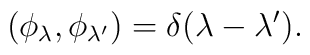
(\phi_{\lambda},\phi_{\lambda^{\prime}})=\delta(\lambda-\lambda^{\prime}).